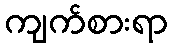
ကျက်စားရာ